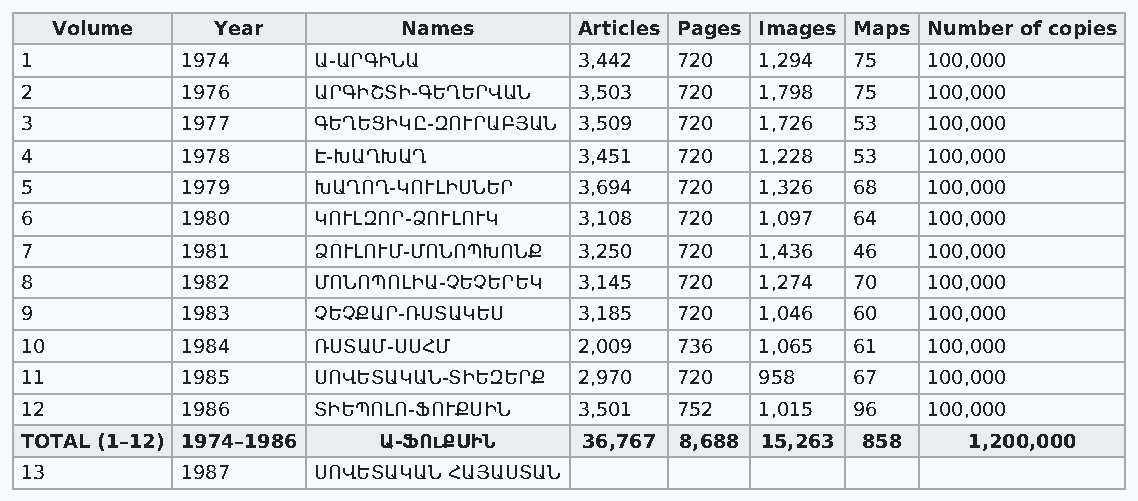
Volume     Year         Names      Articles Pages Images Maps Number of copies
 1          1974     Ա-ԱՐԳԻՆԱ         3,442  720  1,294 75   100,000
 2          1976     ԱՐԳԻՇՏԻ-ԳԵՂԵՐՎԱՆ 3,503  720  1,798 75   100,000
 3          1977     ԳԵՂԵՑԻԿԸ-ԶՈՒՐԱԲՅԱՆ 3,509 720 1,726 53   100,000
 4          1978     Է-ԽԱՂԽԱՂ         3,451  720  1,228 53   100,000
 5          1979     ԽԱՂՈՂ-ԿՈՒԼԻՍՆԵՐ  3,694  720  1,326 68   100,000
 6          1980     ԿՈՒԼԶՈՐ-ՁՈՒԼՈՒԿ  3,108  720  1,097 64   100,000
 7          1981     ՁՈՒԼՈՒՄ-ՄՈՆՈՊԽՈՆՔ 3,250 720  1,436 46   100,000
 8          1982     ՄՈՆՈՊՈԼԻԱ-ՉԵՉԵՐԵԿ 3,145 720  1,274 70   100,000
 9          1983     ՉԵՉՔԱՐ-ՌՍՏԱԿԵՍ   3,185  720  1,046 60   100,000
 10         1984     ՌՍՏԱՄ-ՍՍՀՄ       2,009  736  1,065 61   100,000
 11         1985     ՍՈՎԵՏԱԿԱՆ-ՏԻԵԶԵՐՔ 2,970 720  958   67   100,000
 12         1986     ՏԻԵՊՈԼՈ-ՖՈՒՔՍԻՆ  3,501  752  1,015 96   100,000
 TOTAL (1–12) 1974–1986  Ա-ՖՈւՔՍԻՆ     36,767 8,688 15,263 858  1,200,000
 13         1987     ՍՈՎԵՏԱԿԱՆ ՀԱՅԱՍՏԱՆ